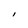
Character: I